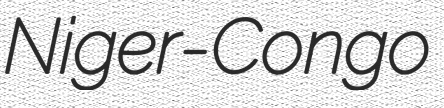
Niger-Congo